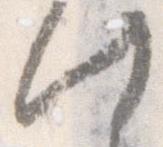
此